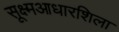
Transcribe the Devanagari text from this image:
सूक्ष्मआधारशिला